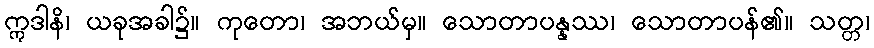
ဣဒါနိ၊ ယခုအခါ၌။ ကုတော၊ အဘယ်မှ။ သောတာပန္နဿ၊ သောတာပန်၏။ သတ္တ၊